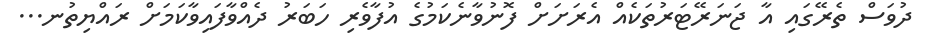
ދުވަސް ތެރޭގައި އާ ޖަނަރޭޓަރުތަކެއް އެރަށަށް ފޮނުވާނެކަމުގެ އުފާވެރި ހަބަރު ދެއްވާފައިވާކަމަށް ރައްޔިތުނ...